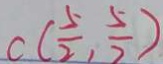
C ( \frac { 5 } { 2 } , \frac { 5 } { 2 } )